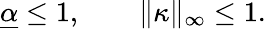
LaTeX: \begin{array}{r}{\underline{{\alpha}}\leq 1,\qquad\| \kappa\| _{\infty}\leq 1.}\end{array}